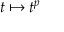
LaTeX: t \mapsto t ^ { p }